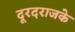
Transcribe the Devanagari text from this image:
दूरदराजके